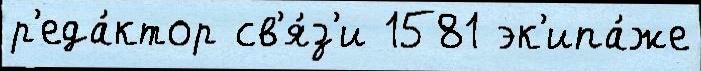
р'еда́ктор св'я́з'и 1581 эк'ипа́же